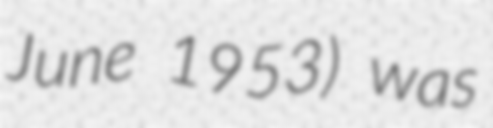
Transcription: June 1953) was